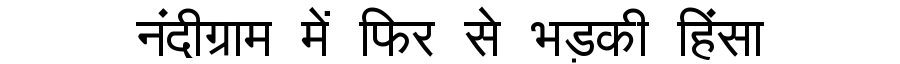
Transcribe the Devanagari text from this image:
नंदीग्राम में फिर से भड़की हिंसा